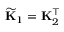
\widetilde { \mathbf { K } } _ { 1 } = \mathbf { K } _ { 2 } ^ { \top }